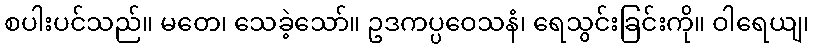
စပါးပင်သည်။ မတေ၊ သေခဲ့သော်။ ဥဒကပ္ပဝေသနံ၊ ရေသွင်းခြင်းကို။ ဝါရေယျ၊